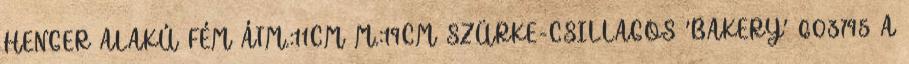
HENGER ALAKÚ FÉM ÁTM.:11CM M.:19CM SZÜRKE-CSILLAGOS 'BAKERY' 603795 A